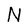
Character: N